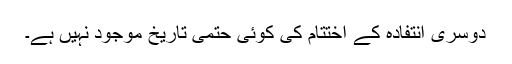
دوسری انتفادہ کے اختتام کی کوئی حتمی تاریخ موجود نہیں ہے۔